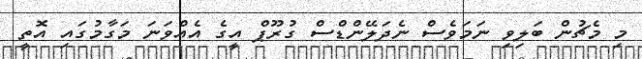
މި މެޗުން ބަލިވި ނަމަވެސް ނެދަލޭންޑްސް ގުރޫޕް އީގެ އެއްވަނަ މަގާމުގައި އޮތީ